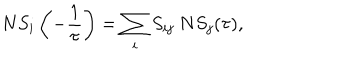
N S _ { i } \left( - { \frac { 1 } { \tau } } \right) = \sum _ { i } S _ { i j } \: N S _ { j } ( \tau ) ,